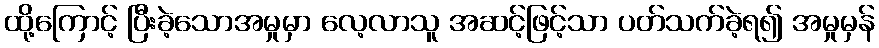
ထို့ကြောင့် ပြီးခဲ့သောအမှုမှာ လေ့လာသူ အဆင့်ဖြင့်သာ ပတ်သက်ခဲ့ရ၍ အမှုမှန်